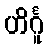
ဟိင်္ဂူ